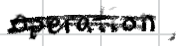
Text: operation,
Cross-out: double-line
Writing tool: digital_black